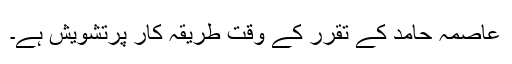
عاصمہ حامد کے تقرر کے وقت طریقہ کار پرتشویش ہے۔